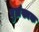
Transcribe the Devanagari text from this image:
बुसंख्यक